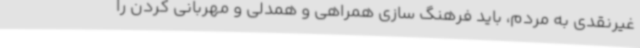
غیرنقدی به مردم، باید فرهنگ سازی همراهی و همدلی و مهربانی کردن را